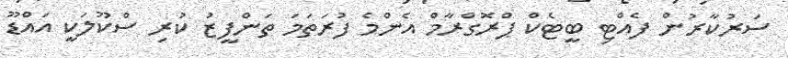
ސަރުކާރުން ފެއްޓި ބީޓެކް ޕްރޮގްރާމް އެންމެ ފުރަތަމަ ތަންފީޒު ކުރި ސްކޫލަކީ އައްޑޫ